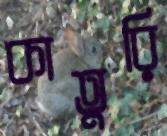
কাতুরি